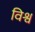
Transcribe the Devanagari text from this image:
विश्व